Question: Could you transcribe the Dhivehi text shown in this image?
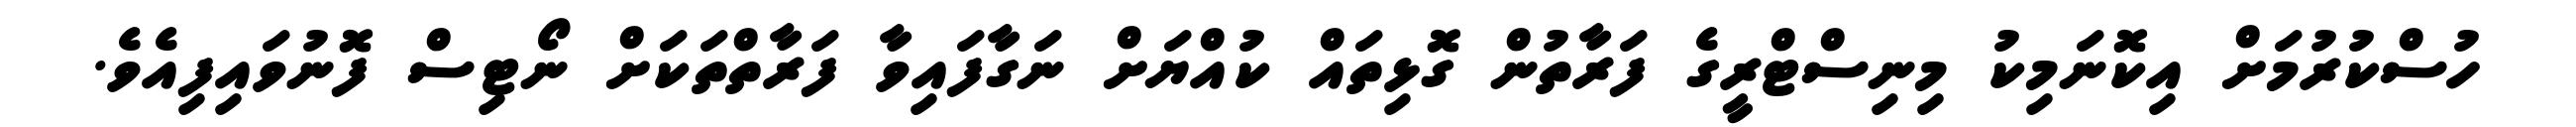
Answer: ހުސްކުރުމަށް އިކޮނަމިކު މިނިސްޓްރީގެ ފަރާތުން ގޮޅިތައް ކުއްޔަށް ނަގާފައިވާ ފަރާތްތަކަށް ނޯޓިސް ފޮނުވައިފިއެވެ.